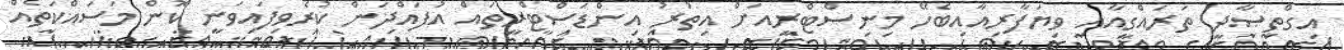
އިގްތިޞާދީ ތަރައްގީއާއި ވިޔަފާރިއާއިބެހޭ މިނިސްޓްރީއަށް އިތުރު އިންޑަސްޓްރީތައް އުފައްދަން ކުރެވިފައިވަނީ ކޮން މަސައްކަތެއް